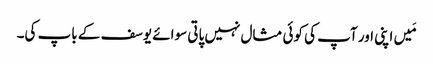
مَیں اپنی اور آپ کی کوئی مثال نہیں پاتی سوائے یوسف کے باپ کی۔